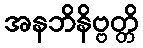
အနဘိနိဗ္ဗတ္တိ